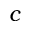
c